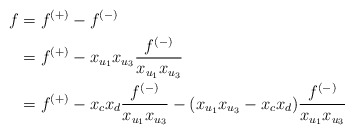
\begin{align*}f &= f^{(+)}- f^{(-)}\\&= f^{(+)} - x_{u_1}x_{u_3}\frac{f^{(-)}}{x_{u_1}x_{u_3}}\\&= f^{(+)}-x_cx_d\frac{f^{(-)}}{x_{u_1}x_{u_3}} - (x_{u_1}x_{u_3}-x_cx_d)\frac{f^{(-)}}{x_{u_1}x_{u_3}} \end{align*}